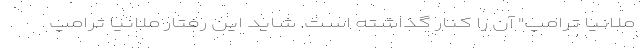
ملانیا ترامپ" آن را کنار گذاشته است. شاید این رفتارِ ملانیا ترامپ